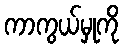
ကာကွယ်မှုကို